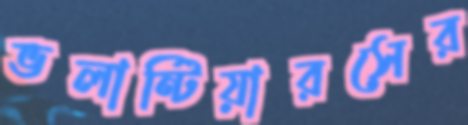
ভলান্টিয়ারসের